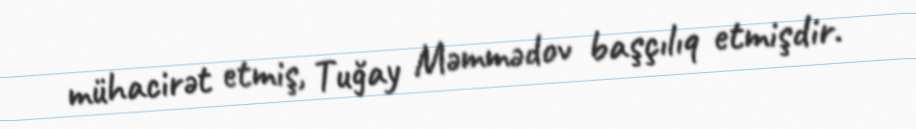
mühacirət etmiş, Tuğay Məmmədov başçılıq etmişdir.